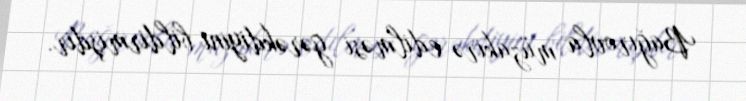
Bağırovla müzakirə edilməsi gərəkdiyini bildirmişdir.